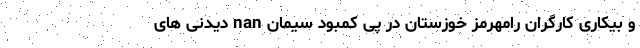
و بیکاری کارگران رامهرمز خوزستان در پی‌ کمبود سیمان nan دیدنی های